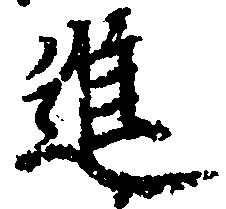
進